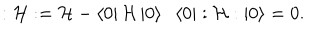
LaTeX: : { \cal { H } } : = { \cal { H } } - \left< 0 \right| { \cal { H } } \left| 0 \right> \; \; \left< 0 \right| : { \cal { H } } : \left| 0 \right> = 0 .